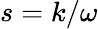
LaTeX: s=k/\omega